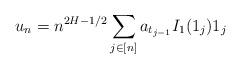
LaTeX: \begin{align*} u_n = n^{2H-1/2} \sum_{j\in[n]} a_{t_{j-1}} I_1(1_j) 1_j \end{align*}